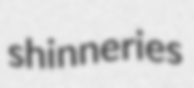
shinneries